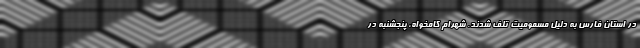
در استان فارس به دلیل مسمومیت تلف شدند. شهرام کامخواه، پنجشنبه در